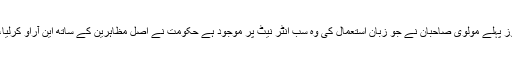
آصف زرداری نے کہا کہ عمران خان نے ہمیشہ یوٹرن لیا، کچھ روز پہلے مولوی صاحبان نے جو زبان استعمال کی وہ سب انٹر نیٹ پر موجود ہے حکومت نے اصل مظاہرین کے ساتھ این آراو کرلیا، اب یہ ان 1200 غریبوں کو پکڑیں گے جن کی تصویریں آئی ہیں۔